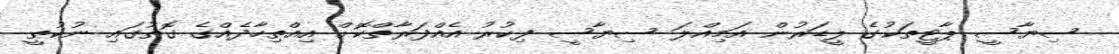
ސިޔާސީ ޕާޓީތަކުގެ ލީޑަރުން އަމިއްލަ ސިޔާސީ ފިކުރު އެއްފަރާތްކޮށް އިއްތިހާދެއްގެ ގޮތުގައި ނުކުތީ